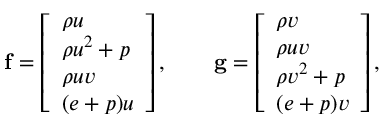
\mathbf { f } = \left[ \begin{array} { l } { \rho u } \\ { \rho u ^ { 2 } + p } \\ { \rho u v } \\ { ( e + p ) u } \end{array} \right] , \qquad \mathbf { g } = \left[ \begin{array} { l } { \rho v } \\ { \rho u v } \\ { \rho v ^ { 2 } + p } \\ { ( e + p ) v } \end{array} \right] ,